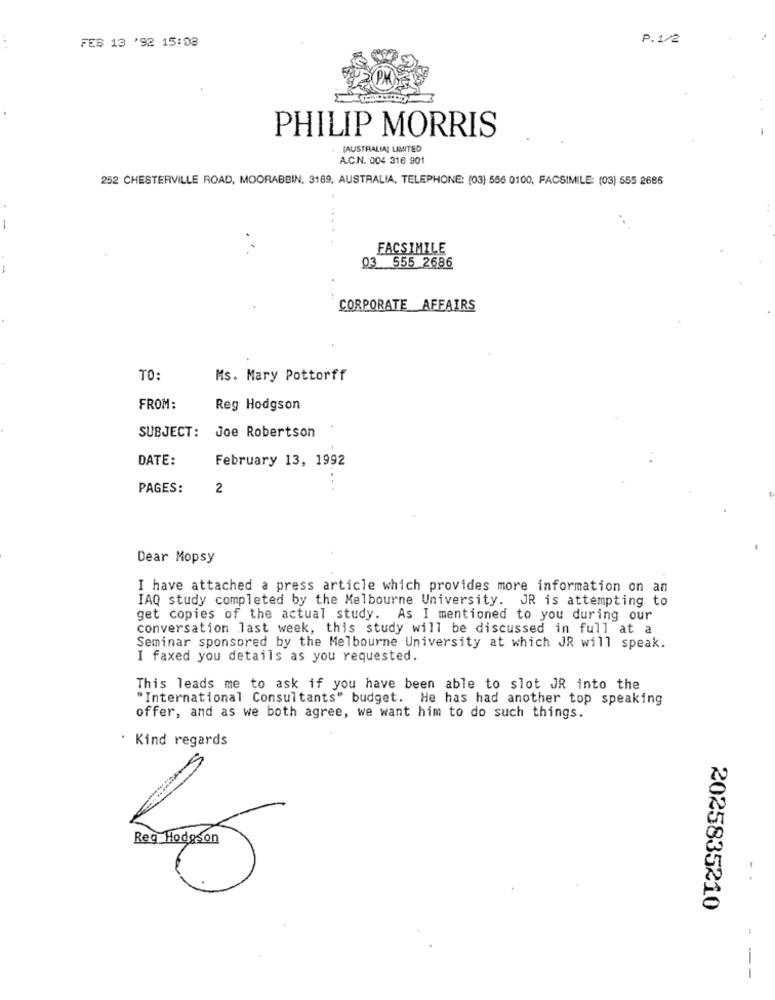
FEB 13 '92 15:08
P. 1/2
PHILIP MORRIS
(AUSTRALIA) LIMITED
A.C.N. 004 316 901
252 CHESTERVILLE ROAD, MOORABBIN, 3189, AUSTRALIA, TELEPHONE: (03) 556 0100, FACSIMILE: (03) 555 2686
FACSIMILE
03 555 2686
CORPORATE AFFAIRS
TO:
Ms. Mary Pottorff
FROM:
Reg Hodgson
SUBJECT:
Joe Robertson
DATE:
February 13, 1992
PAGES:
2
Dear Mopsy
I have attached a press article which provides more information on an
IAQ study completed by the Melbourne University. JR is attempting to
get copies of the actual study. As I mentioned to you during our
conversation last week, this study will be discussed in full at a
Seminar sponsored by the Melbourne University at which JR will speak.
I faxed you details as you requested.
This leads me to ask if you have been able to slot JR into the
"International Consultants" budget. He has had another top speaking
offer, and as we both agree, we want him to do such things.
. Kind regards
- .
2025835210